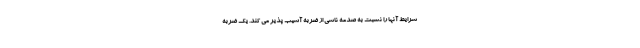
شرایط آنها را نسبت به صدمه ناشی از ضربه آسیب پذیر می کند. یک ضربه